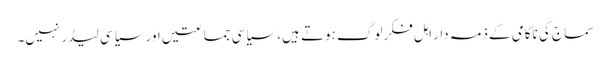
سماج کی ناکامی کے ذمہ دار اہل فکر لوگ ہوتے ہیں، سیاسی جماعتیں اور سیاسی لیڈر نہیں۔